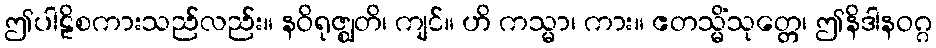
ဤပါဠိစကားသည်လည်း။ နဝိရုဇ္ဈတိ၊ ကျင်။ ဟိ ကသ္မာ၊ ကား။ ဧတသ္မိံသုတ္တေ၊ ဤနိဒါနဝဂ္ဂ